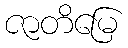
ဇာတိမြေ